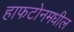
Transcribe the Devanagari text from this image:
हाफटोनमधील